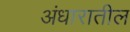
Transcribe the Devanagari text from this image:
अंधारातील